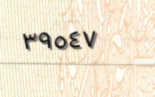
٣٩٥٤٧